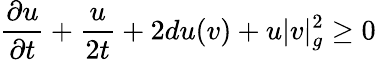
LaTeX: {\frac{\partial u}{\partial t}}+{\frac{u}{2t}}+2du(v)+u|v|_{g}^{2}\geq 0